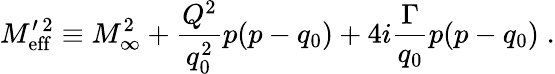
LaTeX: M_{\mathrm{eff}}^{\prime\, 2}\equiv M_{\infty}^{2}+{\frac{Q^{2}}{q_{0}^{2}}}p(p-q_{0})+4i{\frac{\Gamma}{q_{0}}}p(p-q_{0})\; .